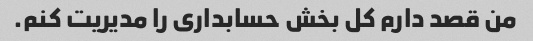
من قصد دارم کل بخش حسابداری را مدیریت کنم.